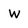
Character: W